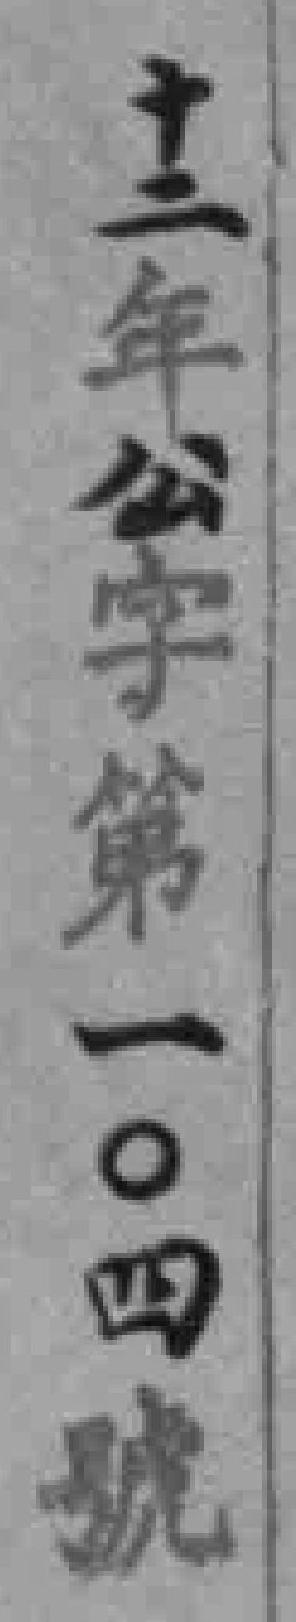
十二年公字第一〇四號